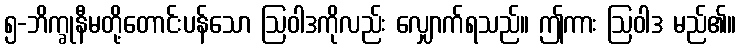
၅-ဘိက္ခုနီမတို့တောင်းပန်သော ဩဝါဒကိုလည်း လျှောက်ရသည်။ ဤကား ဩဝါဒ မည်၏။